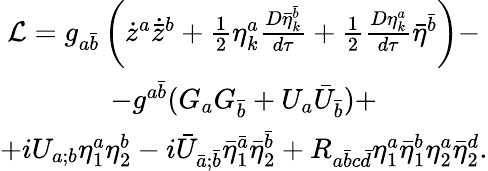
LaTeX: \begin{array}{c}{{{\cal L}=g_{a{\bar{b}}}\left({\dot{z}}^{a}{\dot{\bar{z}}}^{b}+\frac 12\eta_{k}^{a}\frac{D{\bar{\eta}}_{k}^{\bar{b}}}{d\tau}+\frac 12\frac{D\eta_{k}^{a}}{d\tau}\bar{\eta}^{\bar{b}}\right)-}}\\ {{-g^{a{\bar{b}}}(G_{a}G_{\bar{b}}+{U}_{a}{\bar{U}}_{\bar{b}})+}}\\ {{+iU_{a;b}\eta_{1}^{a}\eta_{2}^{b}-i{\bar{U}}_{\bar{a};\bar{b}}{\bar{\eta}}_{1}^{\bar{a}}{\bar{\eta}}_{2}^{\bar{b}}+R_{a\bar{b}c\bar{d}}\eta_{1}^{a}\bar{\eta}_{1}^{b}\eta_{2}^{a}\bar{\eta}_{2}^{d}.}}\end{array}